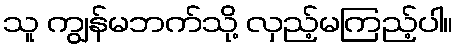
သူ ကျွန်မဘက်သို့ လှည့်မကြည့်ပါ။